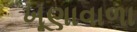
ખૂણાવાળા